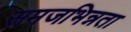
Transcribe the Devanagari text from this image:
समजभिन्नता